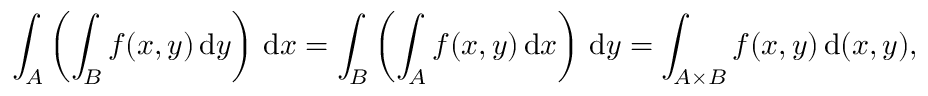
\int _ { A } \left( \int _ { B } f ( x , y ) \, { \mathrm { d } } y \right) \, { \mathrm { d } } x = \int _ { B } \left( \int _ { A } f ( x , y ) \, { \mathrm { d } } x \right) \, { \mathrm { d } } y = \int _ { A \times B } f ( x , y ) \, { \mathrm { d } } ( x , y ) ,